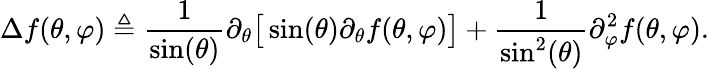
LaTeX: \Delta f(\theta,\varphi)\triangleq\frac{1}{\sin(\theta)}\partial_{\theta}\big[\sin(\theta)\partial_{\theta}f(\theta,\varphi)\big]+\frac{1}{\sin^{2}(\theta)}\partial_{\varphi}^{2}f(\theta,\varphi).